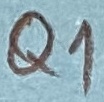
Text: Q1